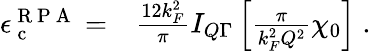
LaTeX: \begin{array}{rl}{\epsilon_{\mathrm{~c~}}^{\mathrm{~R~P~A~}}=}&{{}\frac{12k_{F}^{2}}{\pi}I_{Q\Gamma}\left[\frac{\pi}{k_{F}^{2}Q^{2}}\chi_{0}\right]\; .}\end{array}